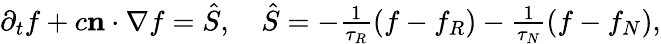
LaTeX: \begin{array}{r}{\partial_{t}f+c\mathbf n\cdot\nabla f=\hat{S},\quad\hat{S}=-\frac{1}{\tau_{R}}(f-f_{R})-\frac{1}{\tau_{N}}(f-f_{N}),}\end{array}